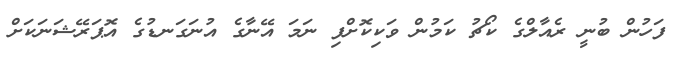
ފަހުން ބުނީ ރެއާލްގެ ކޯޗު ކަމުން ވަކިކޮށްފި ނަމަ އޭނާގެ އުނަގަނޑުގެ އޮޕަރޭޝަނަކަށް